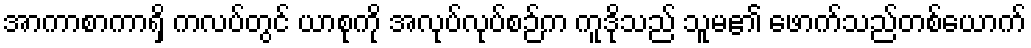
အာကာစာကာရှိ ကလပ်တွင် ယာစုကို အလုပ်လုပ်စဉ်က ကူဒိုသည် သူမ၏ ဖောက်သည်တစ်ယောက်